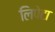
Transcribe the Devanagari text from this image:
लिपेटा